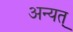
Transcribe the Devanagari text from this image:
अन्यत्